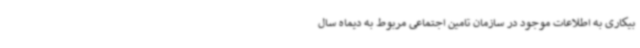
بیکاری به اطلاعات موجود در سازمان تامین اجتماعی مربوط به دیماه سال